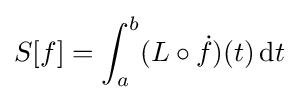
S[f]=\int _{a}^{b}(L\circ {\dot {f}})(t)\,\mathrm {d} t